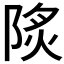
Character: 𨹾